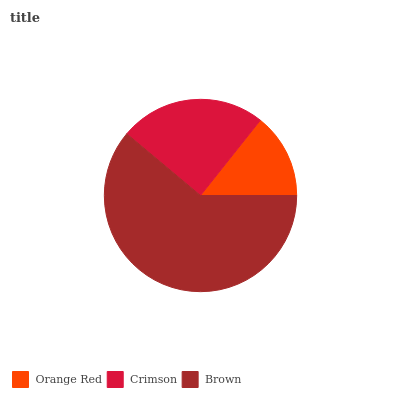
| Orange Red | Crimson | Brown |
 | --- | --- | --- |
 | 14.3% | 24.6% | 61.1% |